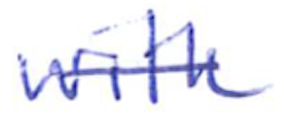
Text: with
Cross-out: single-line
Writing tool: ballpoint